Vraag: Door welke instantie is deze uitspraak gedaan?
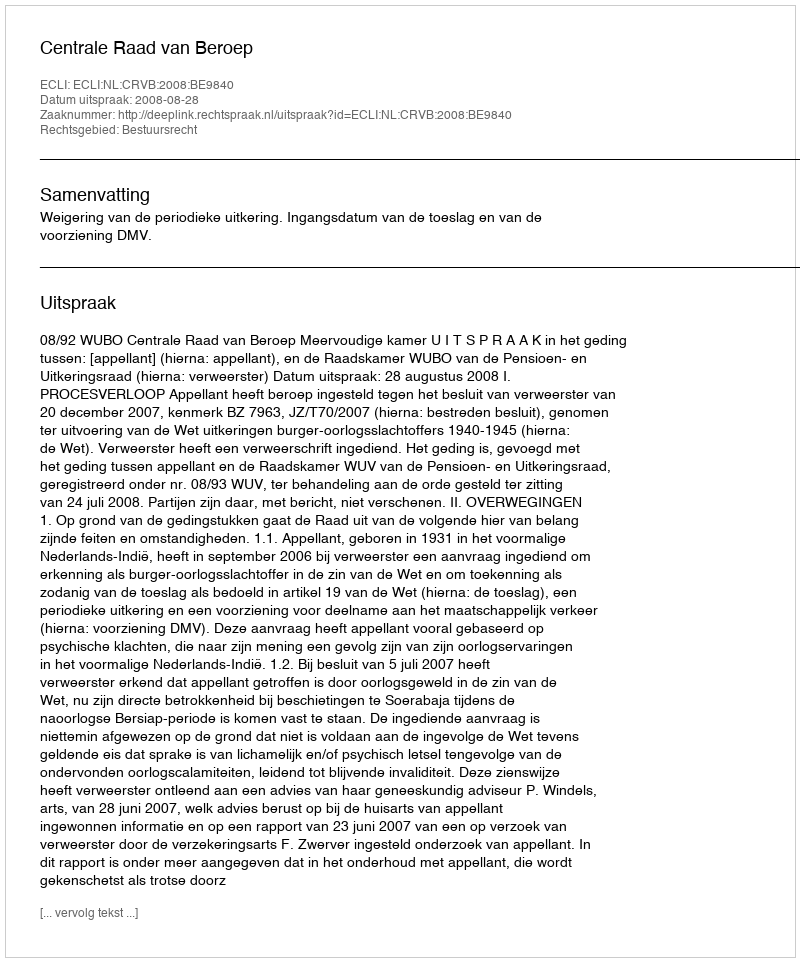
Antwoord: Centrale Raad van Beroep